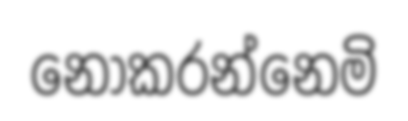
නොකරන්නෙමි